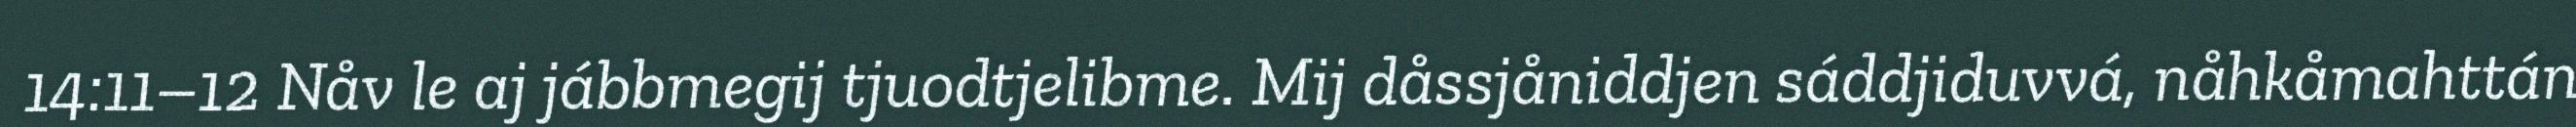
14:11–12 Nåv le aj jábbmegij tjuodtjelibme. Mij dåssjåniddjen sáddjiduvvá, nåhkåmahttán